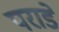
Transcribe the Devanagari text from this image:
पराडे